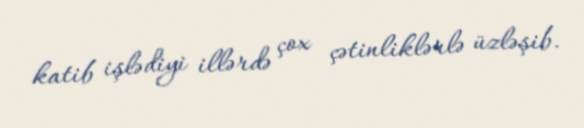
katib işlədiyi illərdə çox çətinliklərlə üzləşib.